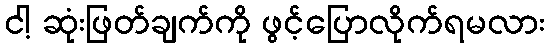
ငါ့ ဆုံးဖြတ်ချက်ကို ဖွင့်ပြောလိုက်ရမလား